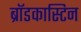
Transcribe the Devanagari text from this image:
ब्रॉडकास्टिन